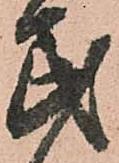
民